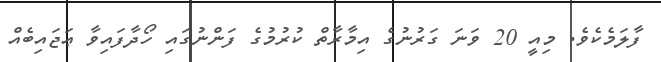
ފާލަމެކެވެ. މިއީ 20 ވަނަ ގަރުނުގެ އިމާރާތް ކުރުމުގެ ފަންނުގައި ހޯދާފައިވާ ޢަޖައިބެއް